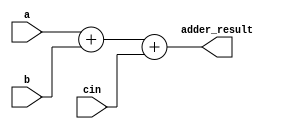
//`timescale 1ns / 1ps

module adder(
    input [31:0]a,
    input [31:0]b,
    input cin,
    output wire [31:0] adder_result
    );
    
    assign adder_result=a+b+cin;
    

endmodule